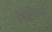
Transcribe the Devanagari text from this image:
इंबोलिज्म